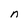
Character: n